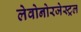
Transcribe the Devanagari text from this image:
लेवोनोरजेस्ट्रल